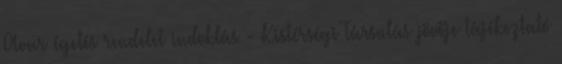
Avar égetés rendelet indoklás - Kistérségi Társulás jövője tájékoztató